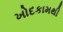
ખોદકામથી